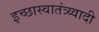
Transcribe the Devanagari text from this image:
इच्छास्वातंत्र्य्वादी